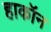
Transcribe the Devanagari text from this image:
हाकॉन